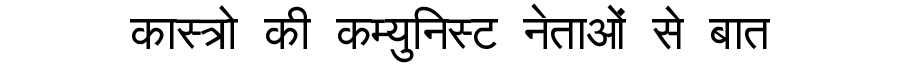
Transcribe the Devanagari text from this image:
कास्त्रो की कम्युनिस्ट नेताओं से बात